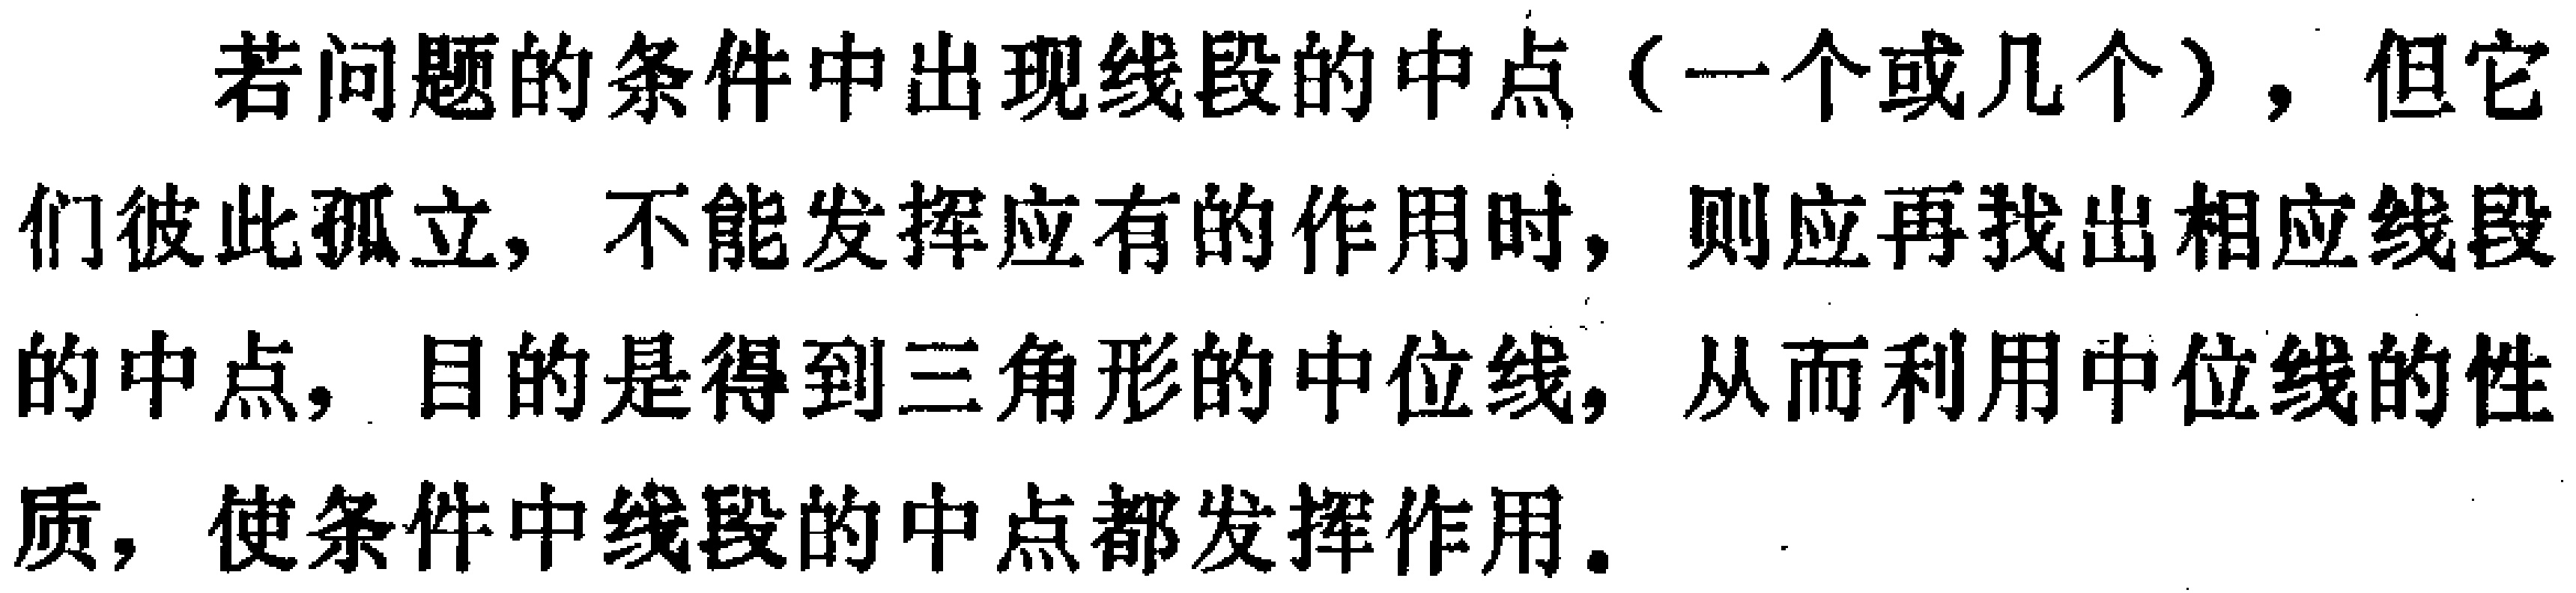
若问题的条件中出现线段的中点（一个或几个），但它们彼此孤立，不能发挥应有的作用时，则应再找出相应线段的中点，目的是得到三角形的中位线，从而利用中位线的性质，使条件中线段的中点都发挥作用。